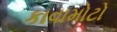
કાવામોટો